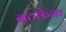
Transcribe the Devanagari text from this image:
नटकेक